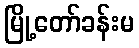
မြို့တော်ခန်းမ